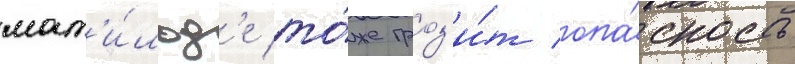
мат'и́льд'е то́же гроз'и́т опа́сность